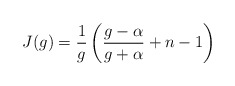
\begin{align*}J(g)=\frac{1}{g}\left(\frac{g-\alpha}{g+\alpha}+n-1\right)\end{align*}